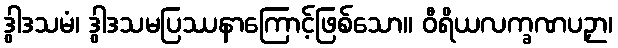
ဒွါဒသမံ၊ ဒွါဒသမပြဿနာကြောင့်ဖြစ်သော။ ဝီရိယလက္ခဏပဉှာ၊